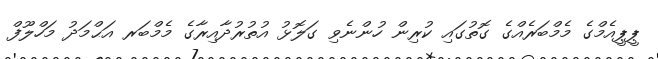
ޕީޕީއެމްގެ މެމްބަރެއްގެ ގޮތުގައި ކުރިން ހުންނެވި ގަލޮޅު އުތުރުދާއިރާގެ މެމްބަރ އަޙްމަދު މަހްލޫފް